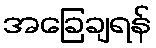
အခြေချရန်